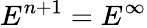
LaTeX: E^{n+1}=E^{\infty}